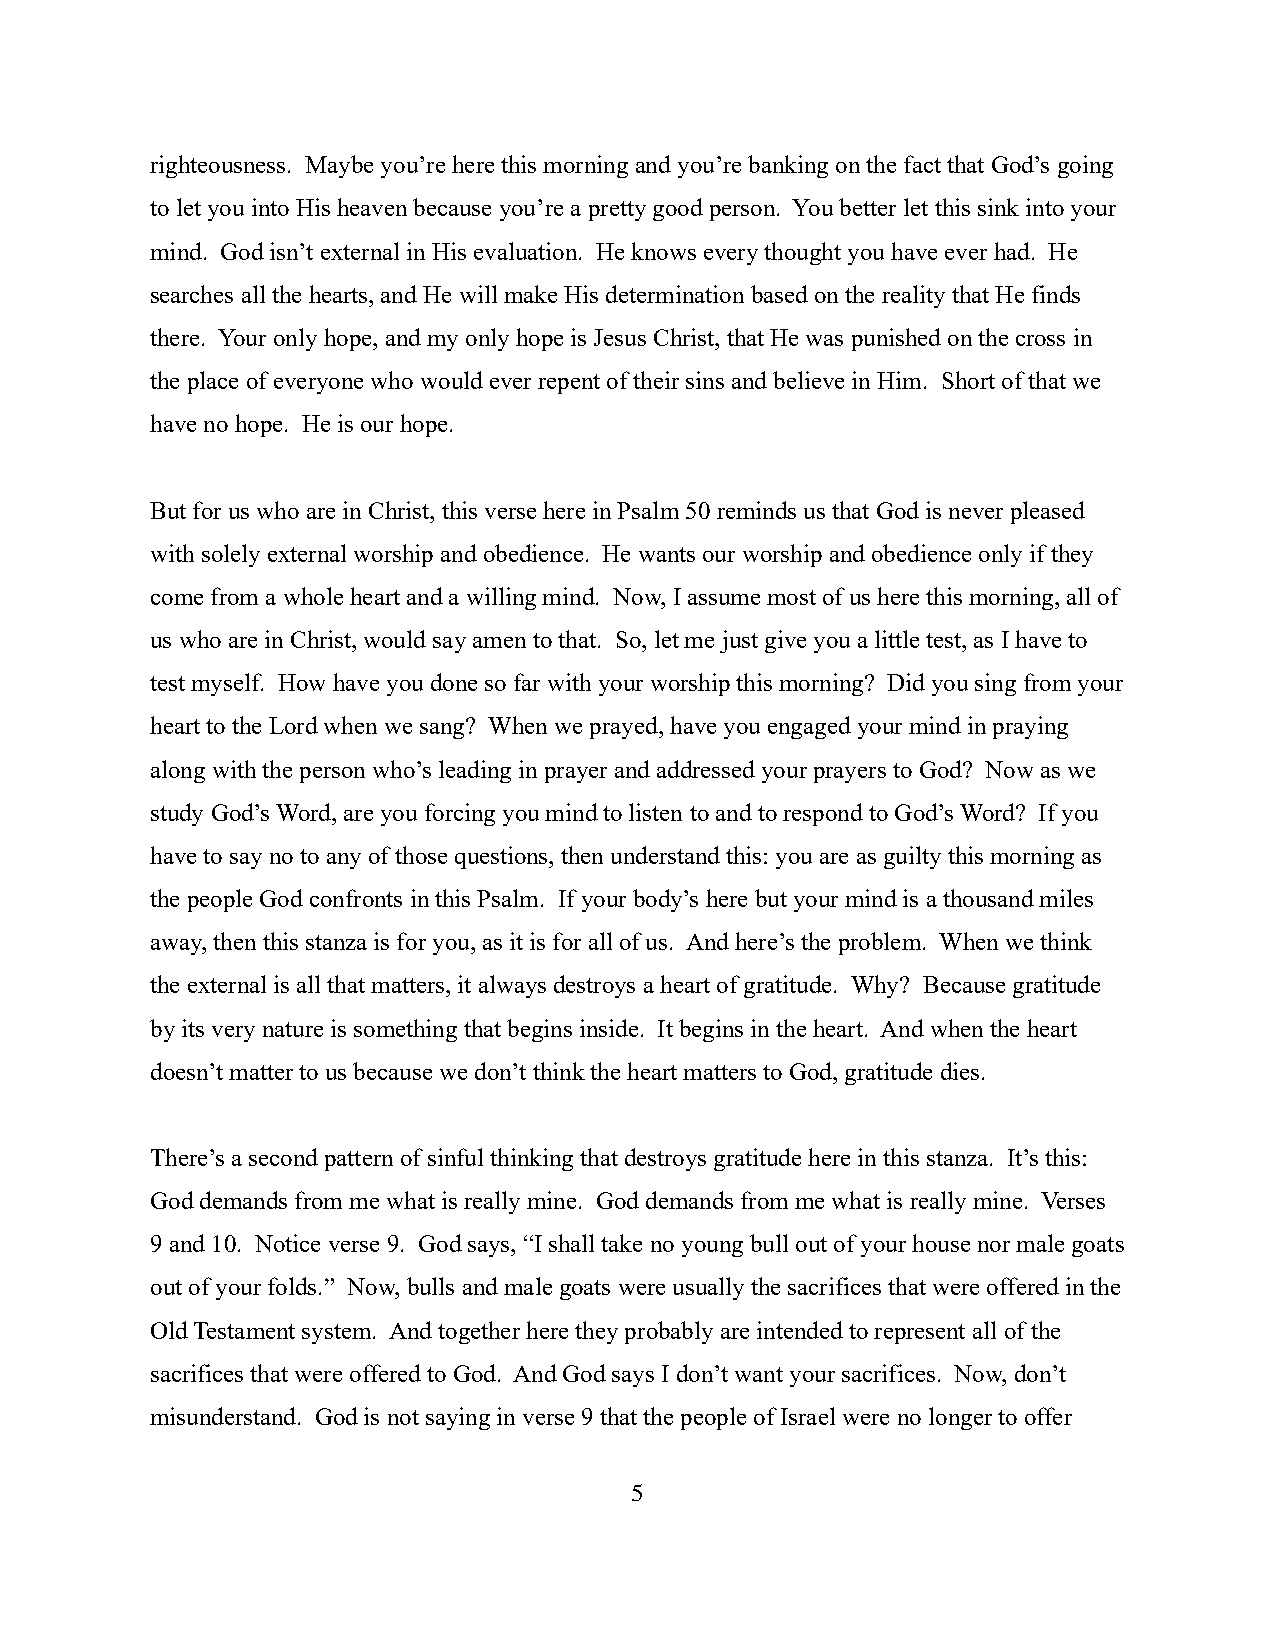
righteousness. Maybe you’re here this morning and you’re banking on the fact that God’s going
 to let you into His heaven because you’re a pretty good person. You better let this sink into your
 mind. God isn’t external in His evaluation. He knows every thought you have ever had. He
 searches all the hearts, and He will make His determination based on the reality that He finds
 there. Your only hope, and my only hope is Jesus Christ, that He was punished on the cross in
 the place of everyone who would ever repent of their sins and believe in Him. Short of that we
 have no hope. He is our hope.
 But for us who are in Christ, this verse here in Psalm 50 reminds us that God is never pleased
 with solely external worship and obedience. He wants our worship and obedience only if they
 come from a whole heart and a willing mind. Now, I assume most of us here this morning, all of
 us who are in Christ, would say amen to that. So, let me just give you a little test, as I have to
 test myself. How have you done so far with your worship this morning? Did you sing from your
 heart to the Lord when we sang? When we prayed, have you engaged your mind in praying
 along with the person who’s leading in prayer and addressed your prayers to God? Now as we
 study God’s Word, are you forcing you mind to listen to and to respond to God’s Word? If you
 have to say no to any of those questions, then understand this: you are as guilty this morning as
 the people God confronts in this Psalm. If your body’s here but your mind is a thousand miles
 away, then this stanza is for you, as it is for all of us. And here’s the problem. When we think
 the external is all that matters, it always destroys a heart of gratitude. Why? Because gratitude
 by its very nature is something that begins inside. It begins in the heart. And when the heart
 doesn’t matter to us because we don’t think the heart matters to God, gratitude dies.
 There’s a second pattern of sinful thinking that destroys gratitude here in this stanza. It’s this:
 God demands from me what is really mine. God demands from me what is really mine. Verses
 9 and 10. Notice verse 9. God says, “I shall take no young bull out of your house nor male goats
 out of your folds.” Now, bulls and male goats were usually the sacrifices that were offered in the
 Old Testament system. And together here they probably are intended to represent all of the
 sacrifices that were offered to God. And God says I don’t want your sacrifices. Now, don’t
 misunderstand. God is not saying in verse 9 that the people of Israel were no longer to offer
 5